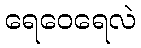
ရေဝေရေလဲ